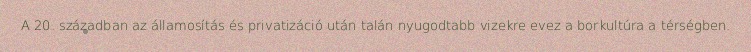
A 20. században az államosítás és privatizáció után talán nyugodtabb vizekre evez a borkultúra a térségben.